Annual statistical returns and brief notes on vaccination in Bengal - 1887-1898
Year: 1887
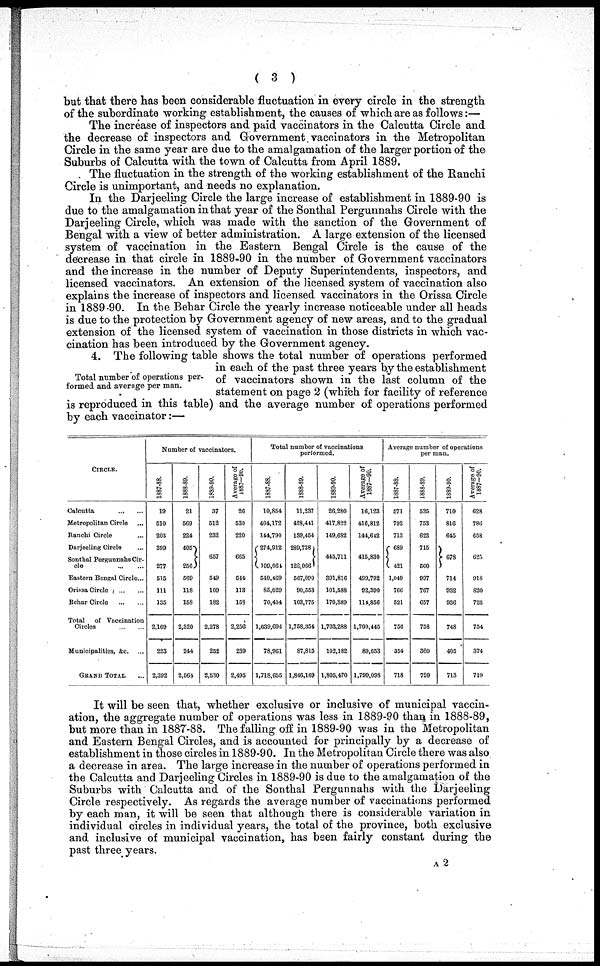
( 3 )
but that there has been considerable fluctuation in every circle in the strength
of the subordinate working establishment, the causes of which are as follows:—
The increase of inspectors and paid vaccinators in the Calcutta Circle and
the decrease of inspectors and Government vaccinators in the Metropolitan
Circle in the same year are due to the amalgamation of the larger portion of the
Suburbs of Calcutta with the town of Calcutta from April 1889.
The fluctuation in the strength of the working establishment of the Ranchi
Circle is unimportant, and needs no explanation.
In the Darjeeling Circle the large increase of establishment in 1889-90 is
due to the amalgamation in that year of the Sonthal Pergunnahs Circle with the
Darjeeling Circle, which was made with the sanction of the Government of
Bengal with a view of better administration. A large extension of the licensed
system of vaccination in the Eastern Bengal Circle is the cause of the
decrease in that circle in 1889-90 in the number of Government vaccinators
and the increase in the number of Deputy Superintendents, inspectors, and
licensed vaccinators. An extension of the licensed system of vaccination also
explains the increase of inspectors and licensed vaccinators in the Orissa Circle
in 1889-90. In the Behar Circle the yearly increase noticeable under all heads
is due to the protection by Government agency of new areas, and to the gradual
extension of the licensed system of vaccination in those districts in which vac-
cination has been introduced by the Government agency.
Total number of operations per-
formed and average per man.
4. The following table shows the total number of operations performed
in each of the past three years by the establishment
of vaccinators shown in the last column of the
statement on page 2 (which for facility of reference
is reproduced in this table) and the average number of operations performed
by each vaccinator:—
CIRCLE.
Calcutta
...
...
Metropolitan Circle ...
Ranchi Circle ...
Darjeeling Circle ...
Sonthal Pergunnahs Cir-
cle
...
...
Eastern Bengal Circle...
Orissa Circle
...
...
Behar Circle
...
...
Total of Vaccination
Circles
...
...
Municipalities, &c. ...
GRAND TOTAL ...
Number of vaccinators.
1887-88.
19
510
203
399
277
515
111
135
2,169
223
2,392
1888-89.
21
569
224
405
256
569
118
158
2,320
244
2,564
1889-90.
37
512
232
657
549
109
182
2,278
252
2,530
Average of
1887—90.
26
530
220
665
544
113
152
2,256
239
2,495
Total number of vaccinations
performed.
1887-88.
10,854
404,172
144,790
274,912
109,061
540,469
85,029
70,404
1,639,694
78,961
1,718,655
1888-89.
11,237
428,441
139,454
289,738
128,066
567,090
90,553
103,775
1,758,354
87,815
1,846,169
1889-90.
26,280
417,822
149,682
445,711
391,816
101,588
170,389
1,703,288
102,182
1,805,470
Average of
1887—90.
16,123
416,812
144,642
415,830
499,792
92,390
114,856
1,700,445
89,653
1,790,098
Average number of operations
per man.
1887-88.
571
792
713
689
421
1,049
766
521
756
354
718
1888-89.
535
753
623
715
500
997
767
657
758
360
720
1889-90.
710
816
645
678
714
932
936
748
405
713
Average of
1887-90.
628
786
658
625
918
820
725
754
374
719
It will be seen that, whether exclusive or inclusive of municipal vaccin-
ation, the aggregate number of operations was less in 1889-90 than in 1888-89,
but more than in 1887-88. The falling off in 1889-90 was in the Metropolitan
and Eastern Bengal Circles, and is accounted for principally by a decrease of
establishment in those circles in 1889-90. In the Metropolitan Circle there was also
a decrease in area. The large increase in the number of operations performed in
the Calcutta and Darjeeling Circles in 1889-90 is due to the amalgamation of the
Suburbs with Calcutta and of the Sonthal Pergunnahs with the Darjeeling
Circle respectively. As regards the average number of vaccinations performed
by each man, it will be seen that although there is considerable variation in
individual circles in individual years, the total of the province, both exclusive
and inclusive of municipal vaccination, has been fairly constant during the
past three years.
A2